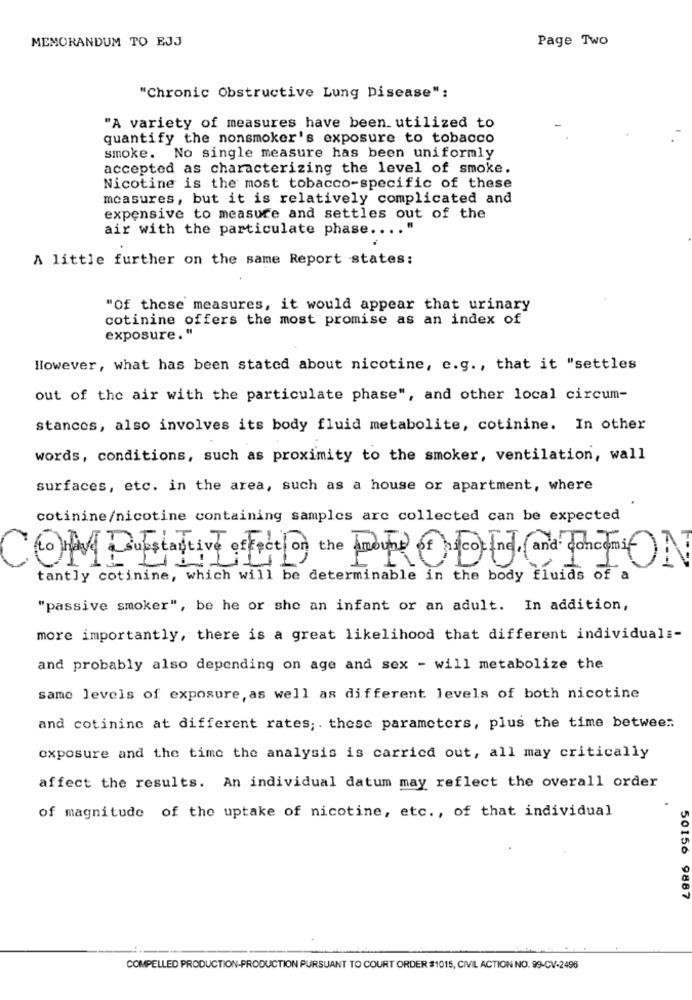
MEMORANDUM TO EJJ
Page Two
"Chronic Obstructive Lung Disease":
"A variety of measures have been. utilized to
quantify the nonsmoker's exposure to tobacco
smoke. No single measure has been uniformly
accepted as characterizing the level of smoke.
Nicotine is the most tobacco-specific of these
measures, but it is relatively complicated and
expensive to measure and settles out of the
air with the particulate phase .... "
A little further on the same Report states:
"Of these measures, it would appear that urinary
cotinine offers the most promise as an index of
exposure."
However, what has been stated about nicotine, e.g ., that it "settles
out of the air with the particulate phase", and other local circum-
stances, also involves its body fluid metabolite, cotinine. In other
words, conditions, such as proximity to the smoker, ventilation, wall
surfaces, etc. in the area, such as a house or apartment, where
cotinine/nicotine containing samples are collected can be expected
Questantive effect on the amount of cocine, and concomi)
1
tantly cotinine, which will be determinable in the body fluids of a
"passive smoker", be he or she an infant or an adult. In addition,
more importantly, there is a great likelihood that different individuals-
and probably also depending on age and sex - will metabolize the
same levels of exposure, as well as different levels of both nicotine
and cotininc at different rates; . these parameters, plus the time between
exposure and the time the analysis is carried out, all may critically
affect the results. An individual datum may reflect the overall order
of magnitude of the uptake of nicotine, etc ., of that individual
50156 9887
COMPELLED PRODUCTION-PRODUCTION PURSUANT TO COURT ORDER #1015, CIVIL ACTION NO. 99-CV-2496